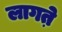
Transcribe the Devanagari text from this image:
लागत़े